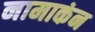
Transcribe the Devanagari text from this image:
नामाकंन